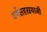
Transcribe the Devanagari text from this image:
वर्षसहस्रयाजी